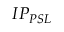
I P _ { P S L }